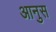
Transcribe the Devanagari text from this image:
आनुस